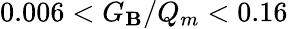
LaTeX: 0.006<G_{\mathbf{B}}/Q_{m}<0.16